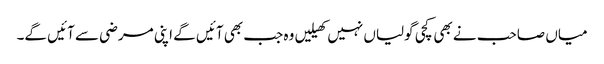
میاں صاحب نے بھی کچی گولیاں نہیں کھیلیں وہ جب بھی آئیں گے اپنی مرضی سے آئیں گے۔